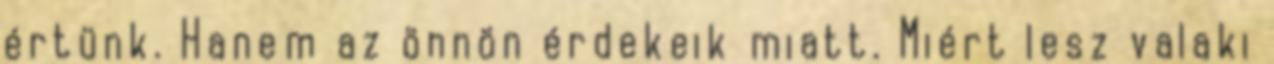
értünk. Hanem az önnön érdekeik miatt. Miért lesz valaki